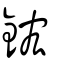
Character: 鋐